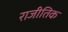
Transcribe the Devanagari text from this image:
राजीतिक